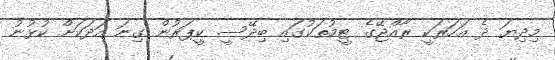
މިދިޔަ ދެ އަހަރަކީ ރާއްޖޭގެ ޓީމުތަކުގައި ބިދޭސީ ކީޕަރުން ގިނަ އަދަކަށް ކުޅުނު